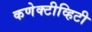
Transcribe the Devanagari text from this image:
कणेक्टीव्हिटी